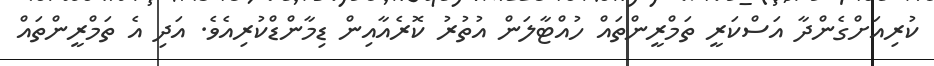
ކުރިއަށްގެންދާ އަސްކަރީ ތަމްރީންތައް ހުއްޓާލަން އުތުރު ކޮރެއާއިން ޑިމާންޑްކުރިއެވެ. އަދި އެ ތަމްރީންތައް